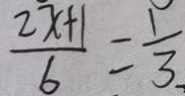
\frac { 2 x + 1 } { 6 } = \frac { 1 } { 3 }